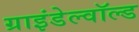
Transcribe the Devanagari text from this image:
ग्राइंडेल्वॉल्ड